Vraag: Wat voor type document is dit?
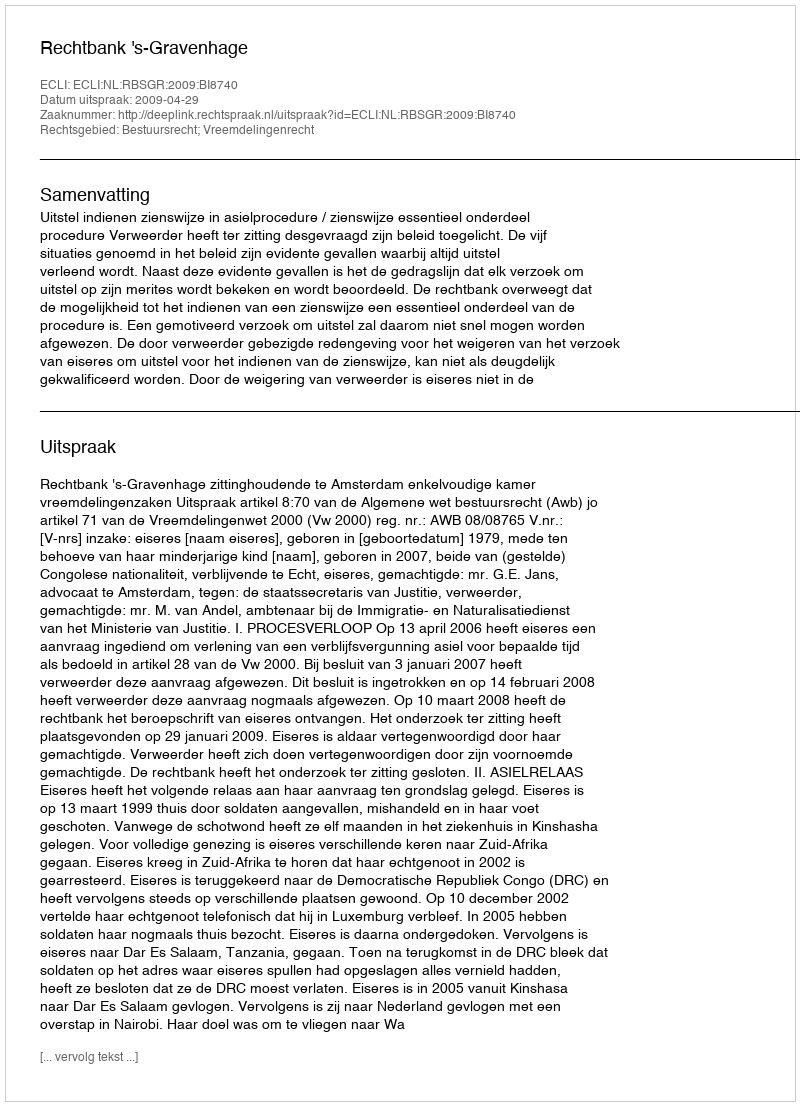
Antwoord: Uitspraak